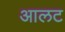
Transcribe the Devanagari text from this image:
आलट